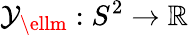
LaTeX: \mathcal{Y}_{\ellm}:S^{2}\to\mathbb{{R}}